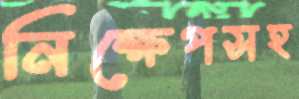
নিক্ষেপসহ